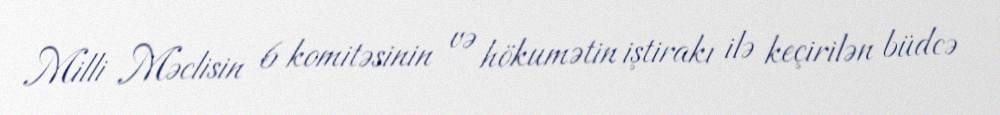
Milli Məclisin 6 komitəsinin və hökumətin iştirakı ilə keçirilən büdcə